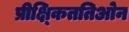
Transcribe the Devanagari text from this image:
प्रीक्ष्किततिओन